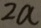
2 a